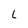
Character: L